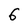
Character: 6